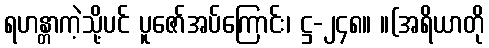
ရဟန္တာကဲ့သို့ပင် ပူဇော်အပ်ကြောင်း၊ ဋ္ဌ-၂၄၈။ ။(အရိယာတို